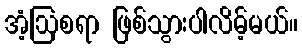
အံ့ဩစရာ ဖြစ်သွားပါလိမ့်မယ်။